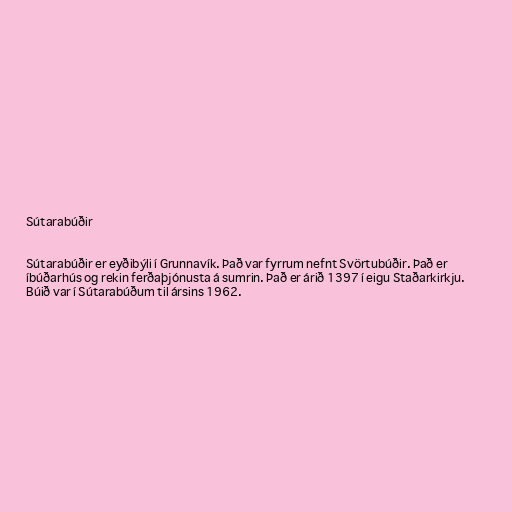
Sútarabúðir

Sútarabúðir er eyðibýli í Grunnavík. Það var fyrrum nefnt Svörtubúðir. Það er
íbúðarhús og rekin ferðaþjónusta á sumrin. Það er árið 1397 í eigu Staðarkirkju.
Búið var í Sútarabúðum til ársins 1962.